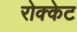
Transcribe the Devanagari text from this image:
रोक्केट